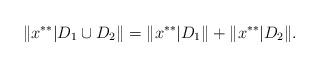
LaTeX: \begin{align*}\|x^{**}|D_1\cup D_2\|=\|x^{**}|D_1\|+\|x^{**}|D_2\|.\end{align*}